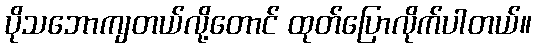
ပိုသဘောကျတယ်လို့တောင် ထုတ်ပြောလိုက်ပါတယ်။